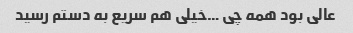
عالی بود همه چی …خیلی هم سریع به دستم رسید